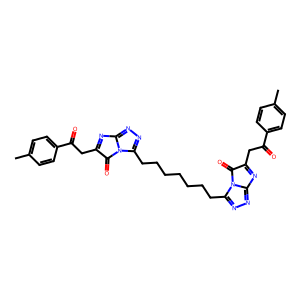
SMILES: Cc1ccc(C(=O)CC2=Nc3nnc(CCCCCCCc4nnc5n4C(=O)C(CC(=O)c4ccc(C)cc4)=N5)n3C2=O)cc1
Inhibits HIV replication: No